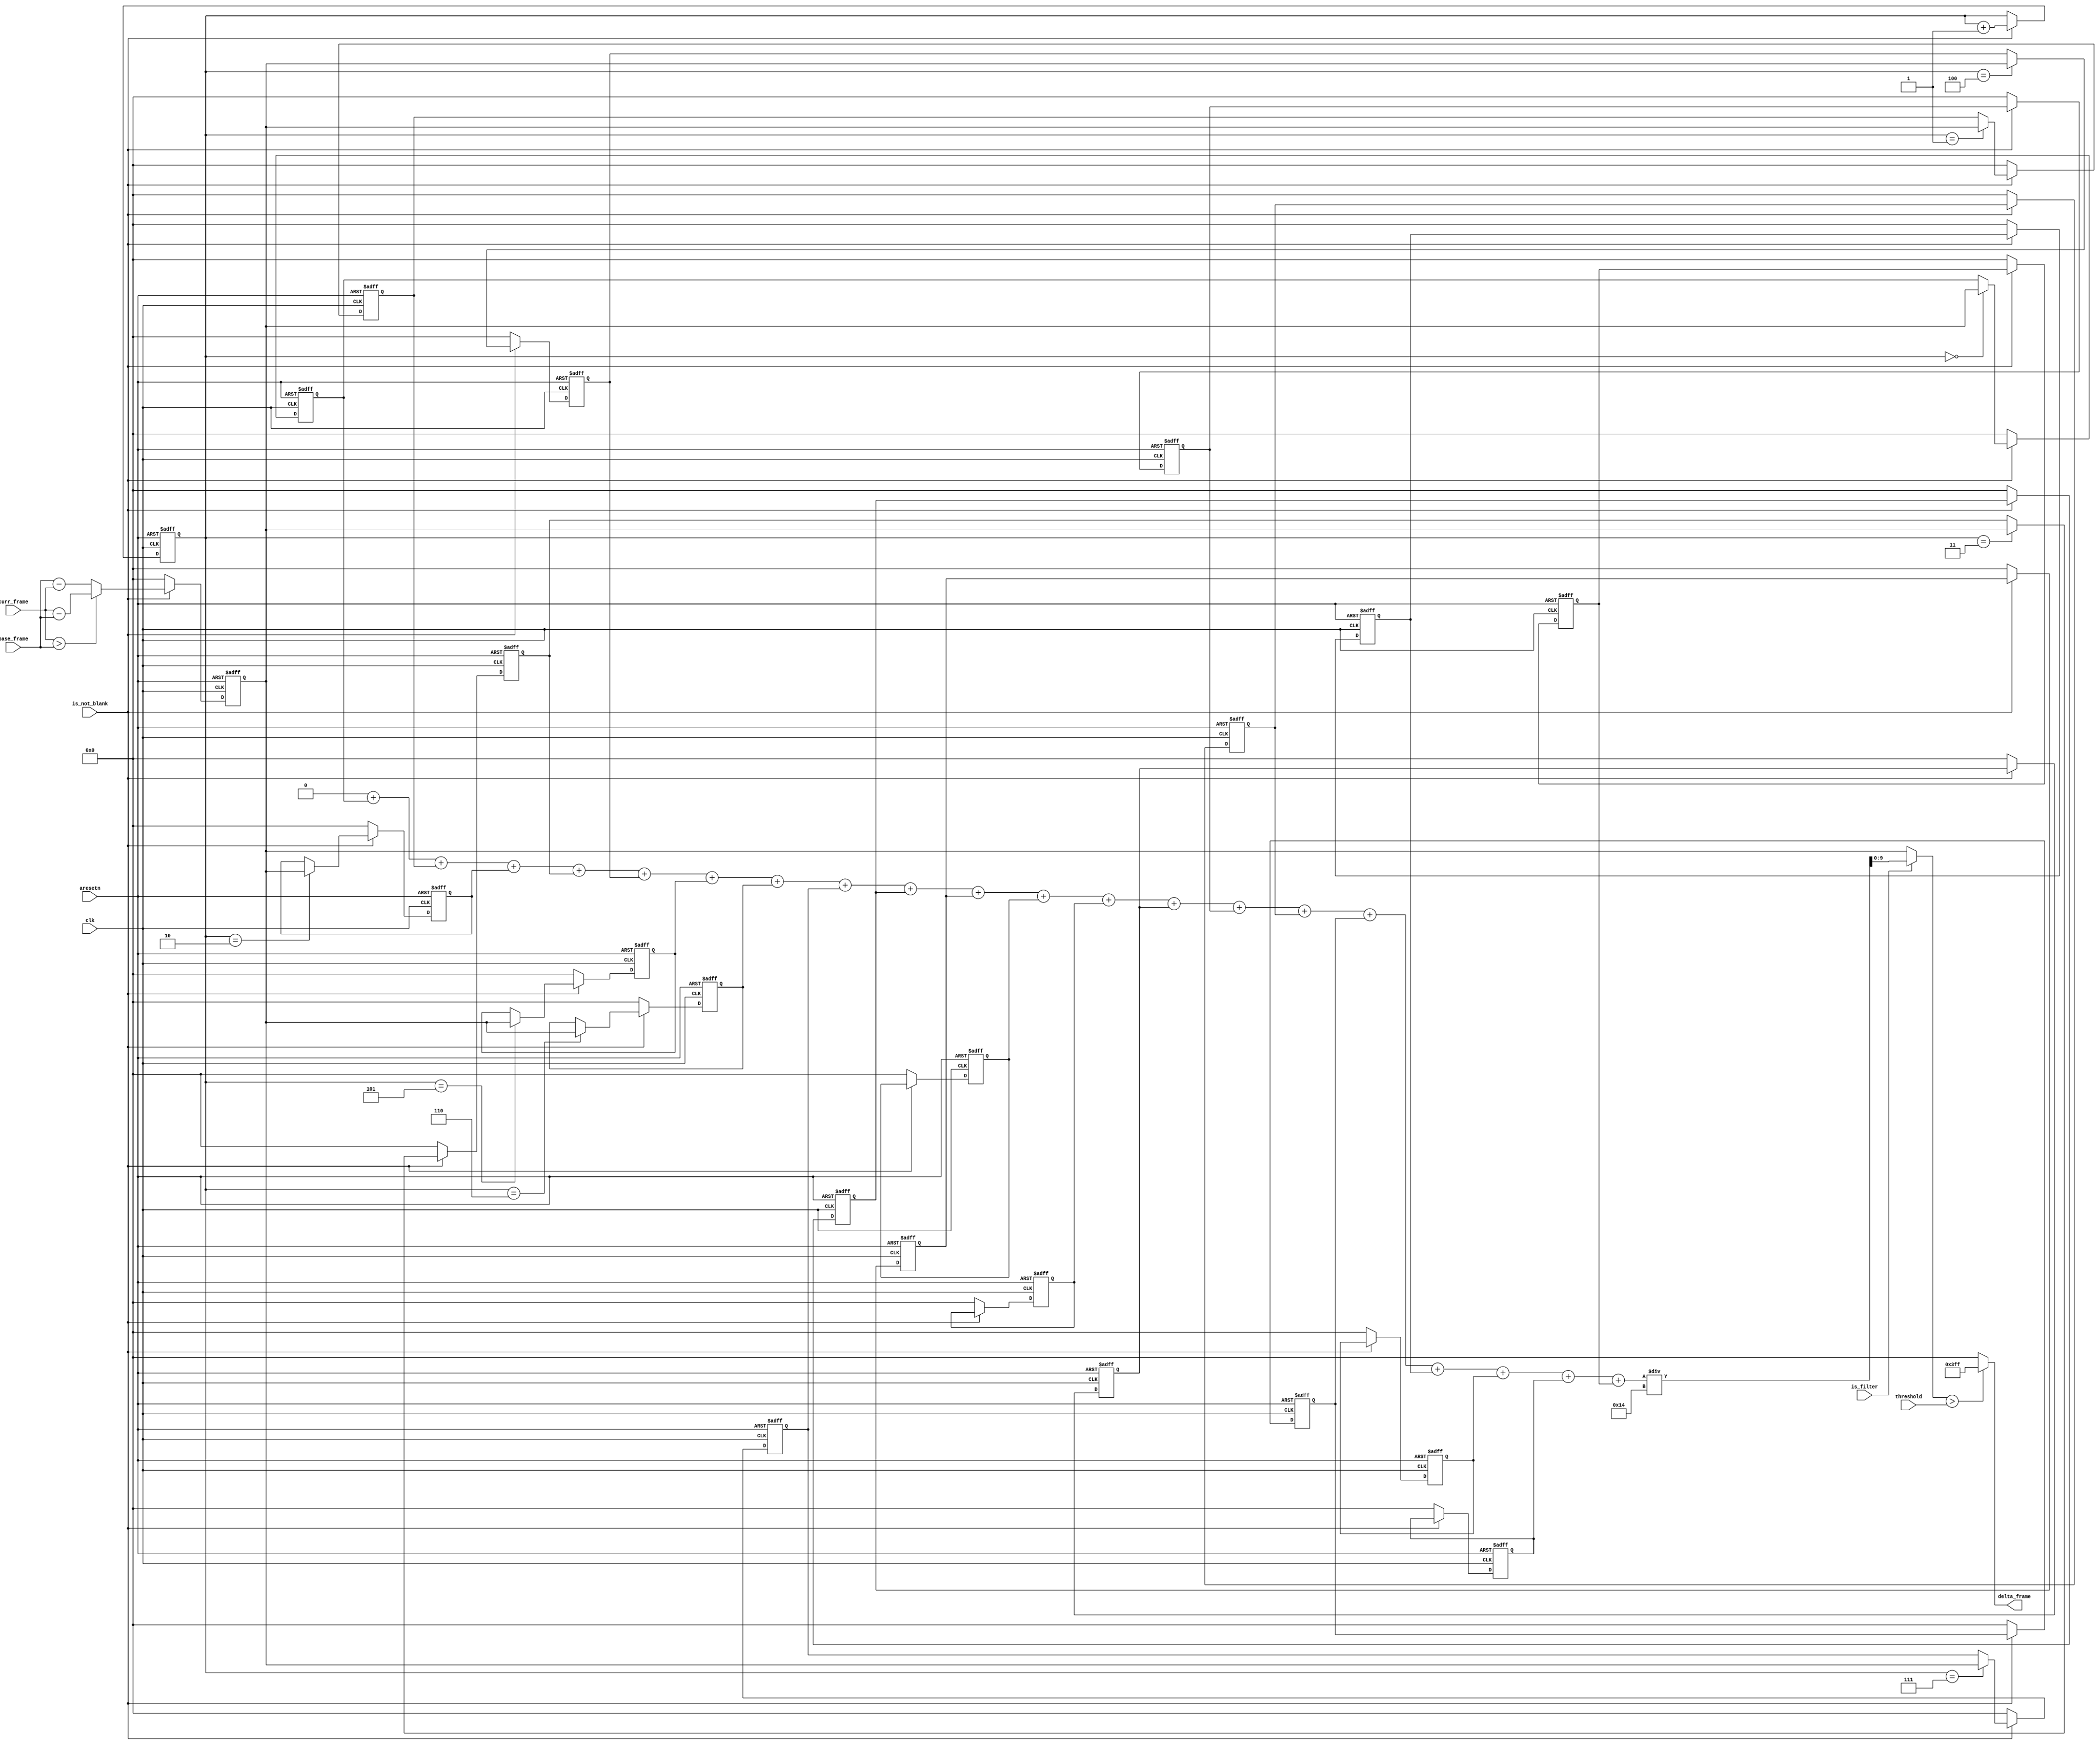
module delta_frame #(
	parameter COLOR_WIDTH   	  = 10,
	parameter FILTER_LENGTH 	  = 20,
	parameter CLOG2_FILTER_LENGTH = 5
)(
	// Control
	input wire 						clk,
	input wire 						aresetn,

	// Moving Average Filter
	input wire						is_filter,
	input wire 						is_not_blank,

	// Saturation Filter
	input wire [(COLOR_WIDTH-1):0]	threshold, 

	// Input Data
	input wire [(COLOR_WIDTH-1):0]	base_frame,
	input wire [(COLOR_WIDTH-1):0]	curr_frame,

	// Output Data
	output wire [(COLOR_WIDTH-1):0]	delta_frame
);

// Not totally sure if this is the right way, think its safe though
localparam SUM_LENGTH = CLOG2_FILTER_LENGTH + COLOR_WIDTH;

// Internal signals and variables
genvar 					 c;
integer 				 i;
reg  [2:0] 				 counter;
reg  [(COLOR_WIDTH-1):0] old [FILTER_LENGTH];
reg  [(SUM_LENGTH-1):0]  sum;
wire [(COLOR_WIDTH-1):0] avg;
reg  [(COLOR_WIDTH-1):0] int_delta_frame;
wire [(COLOR_WIDTH-1):0] comp_value;

// Saturation Filter
assign comp_value  = is_filter ? avg : int_delta_frame;
assign delta_frame = (comp_value > threshold) ? {COLOR_WIDTH{1'b1}} : {COLOR_WIDTH{1'b0}};

// Delta Frame
always @(posedge clk or negedge aresetn) begin
	if (~aresetn) 							int_delta_frame <= 'd0;
	else if (~is_not_blank)					int_delta_frame <= 'd0;
	else
		begin
			// Poor man's absolute value
			if (curr_frame > base_frame)	int_delta_frame <= curr_frame - base_frame;
			else 							int_delta_frame <= base_frame - curr_frame;
		end
end

// Moving Average Filter
always @(posedge clk or negedge aresetn) begin
	if (~aresetn) 						counter <= 'd0;
	else if (~is_not_blank)				counter <= counter;
	else if (counter == FILTER_LENGTH)	counter <= 'd0;
	else 		  						counter <= counter + 1;
end

generate 
	for (c = 0; c < FILTER_LENGTH; c = c + 1) begin: moving_avg_filter
		always @(posedge clk or negedge aresetn) begin
			if (~aresetn)			old[c] <= 'd0;
			else if (~is_not_blank)	old[c] <= 'd0;
			else if (counter == c)	old[c] <= int_delta_frame;
			else					old[c] <= old[c];
		end
	end
endgenerate

always @* begin
	sum = 'd0;
	for (i = 0; i < FILTER_LENGTH; i = i + 1)
		sum = sum + old[i];
end

assign avg = sum / FILTER_LENGTH;

endmodule